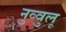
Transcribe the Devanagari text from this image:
नुव्वुलू